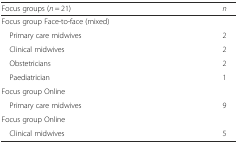
<table><thead><tr><td><b>Focus groups (<i>n</i> = 21)</b></td><td><b><i>n</i></b></td></tr></thead><tbody><tr><td colspan="2">Focus group Face-to-face (mixed)</td></tr><tr><td> Primary care midwives</td><td>2</td></tr><tr><td> Clinical midwives</td><td>2</td></tr><tr><td> Obstetricians</td><td>2</td></tr><tr><td> Paediatrician</td><td>1</td></tr><tr><td colspan="2">Focus group Online</td></tr><tr><td> Primary care midwives</td><td>9</td></tr><tr><td colspan="2">Focus group Online</td></tr><tr><td> Clinical midwives</td><td>5</td></tr></tbody></table>